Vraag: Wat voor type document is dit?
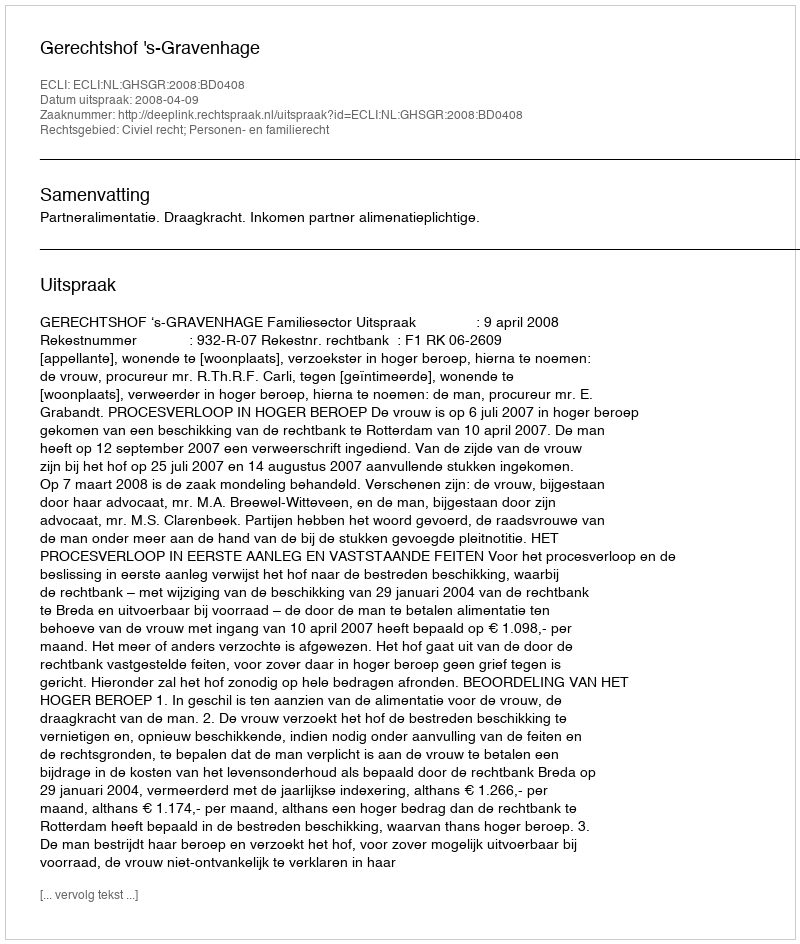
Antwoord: Uitspraak